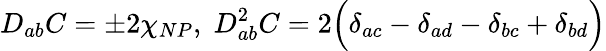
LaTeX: D_{ab}C=\pm 2\chi_{NP},\; D_{ab}^{2}C=2\Bigl(\delta_{ac}-\delta_{ad}-\delta_{bc}+\delta_{bd}\Bigr)